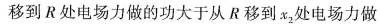
移到R处电场力做的功大于从R移到x_{2}处电场力做